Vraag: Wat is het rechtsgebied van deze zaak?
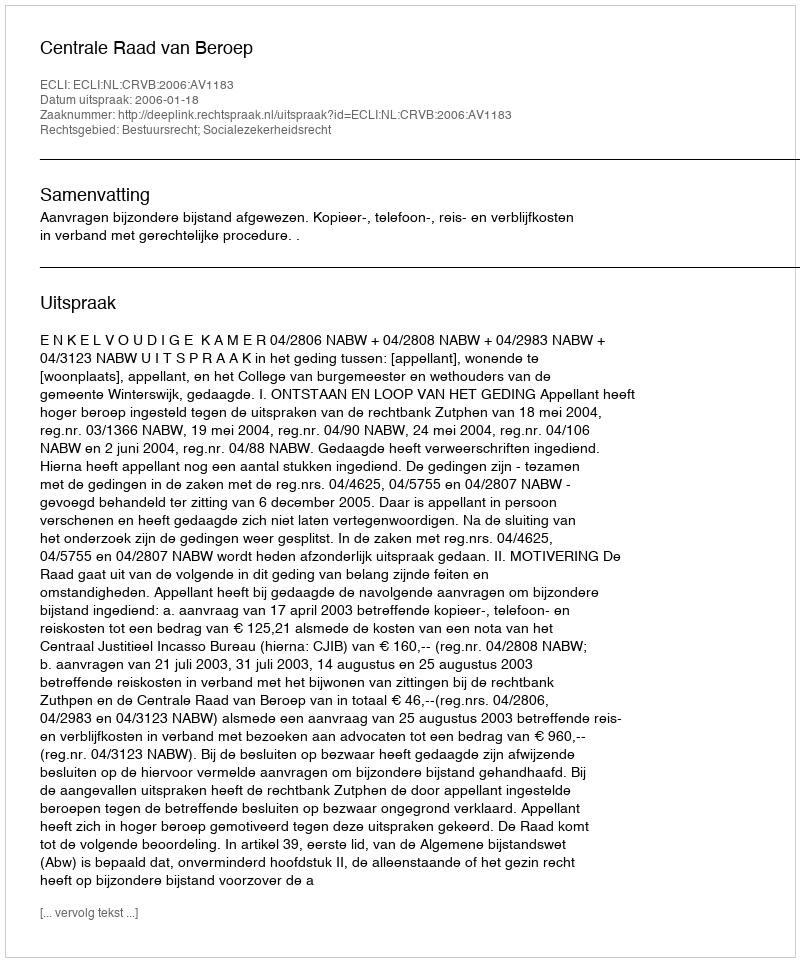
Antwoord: Bestuursrecht; Socialezekerheidsrecht